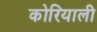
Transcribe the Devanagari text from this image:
कोरियाली